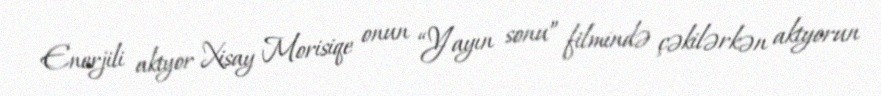
Enerjili aktyor Xisay Morisiqe onun “Yayın sonu” filmində çəkilərkən aktyorun